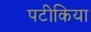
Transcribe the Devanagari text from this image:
पटीकिया